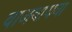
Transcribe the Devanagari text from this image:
वाजवायचा